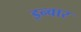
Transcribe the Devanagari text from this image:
इन्वार